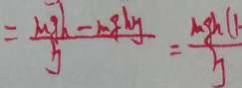
= \frac { m g h - m g h \eta } { \eta } = \frac { m g h ( h } { \eta }